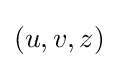
\left(u,v,z\right)